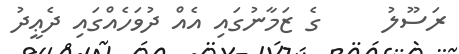
ރަސޫލު     ގެ ޒަމާނުގައި އެއް ދުވަހެއްގައި ދެޢީދު